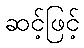
ဆင့်ဖြင့်